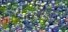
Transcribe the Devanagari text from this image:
जाहनू